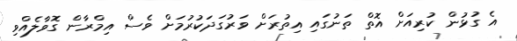
އެ ގުޅުން ކުރިއަށް އޮތް ތަނުގައި އިިތުރަށް ވަރުގަދަކުރުމަށް ވެސް އިމްރާން ގޮވާލެއްވި